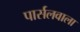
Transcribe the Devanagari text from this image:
पार्सलवाला